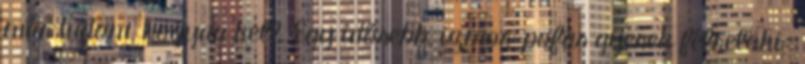
már tudom, hogyan kell. Egy idősebb, izmos-pofás gyerek félrelöki: